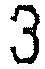
3